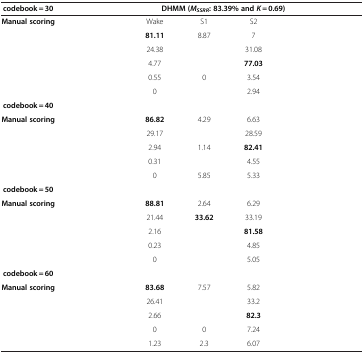
<table><thead><tr><td><b>codebook = 30</b></td><td colspan="6"><b>DHMM (<i>M</i><sub><i>SSRR</i></sub>: 83.39% and<i>K</i> = 0.69)</b></td></tr></thead><tbody><tr><td><b>Manual scoring</b></td><td>[EMPTY_CELL]</td><td>Wake</td><td>S1</td><td>S2</td><td>[EMPTY_CELL]</td><td>[EMPTY_CELL]</td></tr><tr><td>[EMPTY_CELL]</td><td>[EMPTY_CELL]</td><td><b>81.11</b></td><td>8.87</td><td>7</td><td>[EMPTY_CELL]</td><td>[EMPTY_CELL]</td></tr><tr><td>[EMPTY_CELL]</td><td>[EMPTY_CELL]</td><td>24.38</td><td>[EMPTY_CELL]</td><td>31.08</td><td>[EMPTY_CELL]</td><td>[EMPTY_CELL]</td></tr><tr><td>[EMPTY_CELL]</td><td>[EMPTY_CELL]</td><td>4.77</td><td>[EMPTY_CELL]</td><td><b>77.03</b></td><td>[EMPTY_CELL]</td><td>[EMPTY_CELL]</td></tr><tr><td>[EMPTY_CELL]</td><td>[EMPTY_CELL]</td><td>0.55</td><td>0</td><td>3.54</td><td>[EMPTY_CELL]</td><td>[EMPTY_CELL]</td></tr><tr><td>[EMPTY_CELL]</td><td>[EMPTY_CELL]</td><td>0</td><td>[EMPTY_CELL]</td><td>2.94</td><td>[EMPTY_CELL]</td><td>[EMPTY_CELL]</td></tr><tr><td><b>codebook = 40</b></td><td colspan="6">[EMPTY_CELL]</td></tr><tr><td><b>Manual scoring</b></td><td>[EMPTY_CELL]</td><td><b>86.82</b></td><td>4.29</td><td>6.63</td><td>[EMPTY_CELL]</td><td>[EMPTY_CELL]</td></tr><tr><td>[EMPTY_CELL]</td><td>[EMPTY_CELL]</td><td>29.17</td><td>[EMPTY_CELL]</td><td>28.59</td><td>[EMPTY_CELL]</td><td>[EMPTY_CELL]</td></tr><tr><td>[EMPTY_CELL]</td><td>[EMPTY_CELL]</td><td>2.94</td><td>1.14</td><td><b>82.41</b></td><td>[EMPTY_CELL]</td><td>[EMPTY_CELL]</td></tr><tr><td>[EMPTY_CELL]</td><td>[EMPTY_CELL]</td><td>0.31</td><td>[EMPTY_CELL]</td><td>4.55</td><td>[EMPTY_CELL]</td><td>[EMPTY_CELL]</td></tr><tr><td>[EMPTY_CELL]</td><td>[EMPTY_CELL]</td><td>0</td><td>5.85</td><td>5.33</td><td>[EMPTY_CELL]</td><td>[EMPTY_CELL]</td></tr><tr><td><b>codebook = 50</b></td><td colspan="6">[EMPTY_CELL]</td></tr><tr><td><b>Manual scoring</b></td><td>[EMPTY_CELL]</td><td><b>88.81</b></td><td>2.64</td><td>6.29</td><td>[EMPTY_CELL]</td><td>[EMPTY_CELL]</td></tr><tr><td>[EMPTY_CELL]</td><td>[EMPTY_CELL]</td><td>21.44</td><td><b>33.62</b></td><td>33.19</td><td>[EMPTY_CELL]</td><td>[EMPTY_CELL]</td></tr><tr><td>[EMPTY_CELL]</td><td>[EMPTY_CELL]</td><td>2.16</td><td>[EMPTY_CELL]</td><td><b>81.58</b></td><td>[EMPTY_CELL]</td><td>[EMPTY_CELL]</td></tr><tr><td>[EMPTY_CELL]</td><td>[EMPTY_CELL]</td><td>0.23</td><td>[EMPTY_CELL]</td><td>4.85</td><td>[EMPTY_CELL]</td><td>[EMPTY_CELL]</td></tr><tr><td>[EMPTY_CELL]</td><td>[EMPTY_CELL]</td><td>0</td><td>[EMPTY_CELL]</td><td>5.05</td><td>[EMPTY_CELL]</td><td>[EMPTY_CELL]</td></tr><tr><td><b>codebook = 60</b></td><td colspan="6">[EMPTY_CELL]</td></tr><tr><td><b>Manual scoring</b></td><td>[EMPTY_CELL]</td><td><b>83.68</b></td><td>7.57</td><td>5.82</td><td>[EMPTY_CELL]</td><td>[EMPTY_CELL]</td></tr><tr><td>[EMPTY_CELL]</td><td>[EMPTY_CELL]</td><td>26.41</td><td>[EMPTY_CELL]</td><td>33.2</td><td>[EMPTY_CELL]</td><td>[EMPTY_CELL]</td></tr><tr><td>[EMPTY_CELL]</td><td>[EMPTY_CELL]</td><td>2.66</td><td>[EMPTY_CELL]</td><td><b>82.3</b></td><td>[EMPTY_CELL]</td><td>[EMPTY_CELL]</td></tr><tr><td>[EMPTY_CELL]</td><td>[EMPTY_CELL]</td><td>0</td><td>0</td><td>7.24</td><td>[EMPTY_CELL]</td><td>[EMPTY_CELL]</td></tr><tr><td>[EMPTY_CELL]</td><td>[EMPTY_CELL]</td><td>1.23</td><td>2.3</td><td>6.07</td><td>[EMPTY_CELL]</td><td>[EMPTY_CELL]</td></tr></tbody></table>